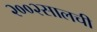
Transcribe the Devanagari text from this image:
२००२सालची